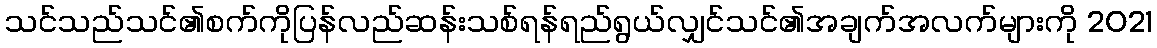
သင်သည်သင်၏စက်ကိုပြန်လည်ဆန်းသစ်ရန်ရည်ရွယ်လျှင်သင်၏အချက်အလက်များကို 2021